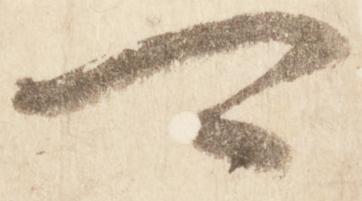
可